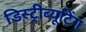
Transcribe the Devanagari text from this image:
डिस्ट्रीब्यूटिंग